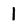
Character: 1